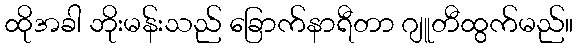
ထိုအခါ ဘိုးမန်းသည် ခြောက်နာရီတာ ဂျူတီထွက်မည်။